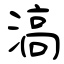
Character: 滈